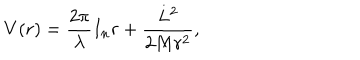
V ( r ) = \frac { 2 \pi } { \lambda } I _ { n } r + \frac { L ^ { 2 } } { 2 M r ^ { 2 } } ,